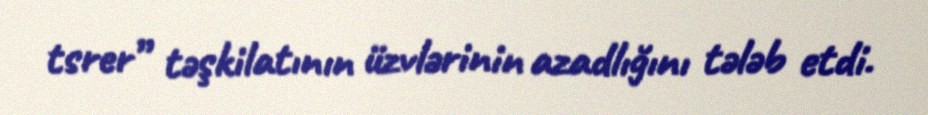
tsrer” təşkilatının üzvlərinin azadlığını tələb etdi.